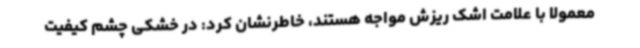
معمولا با علامت اشک ریزش مواجه هستند، خاطرنشان کرد: در خشکی چشم کیفیت